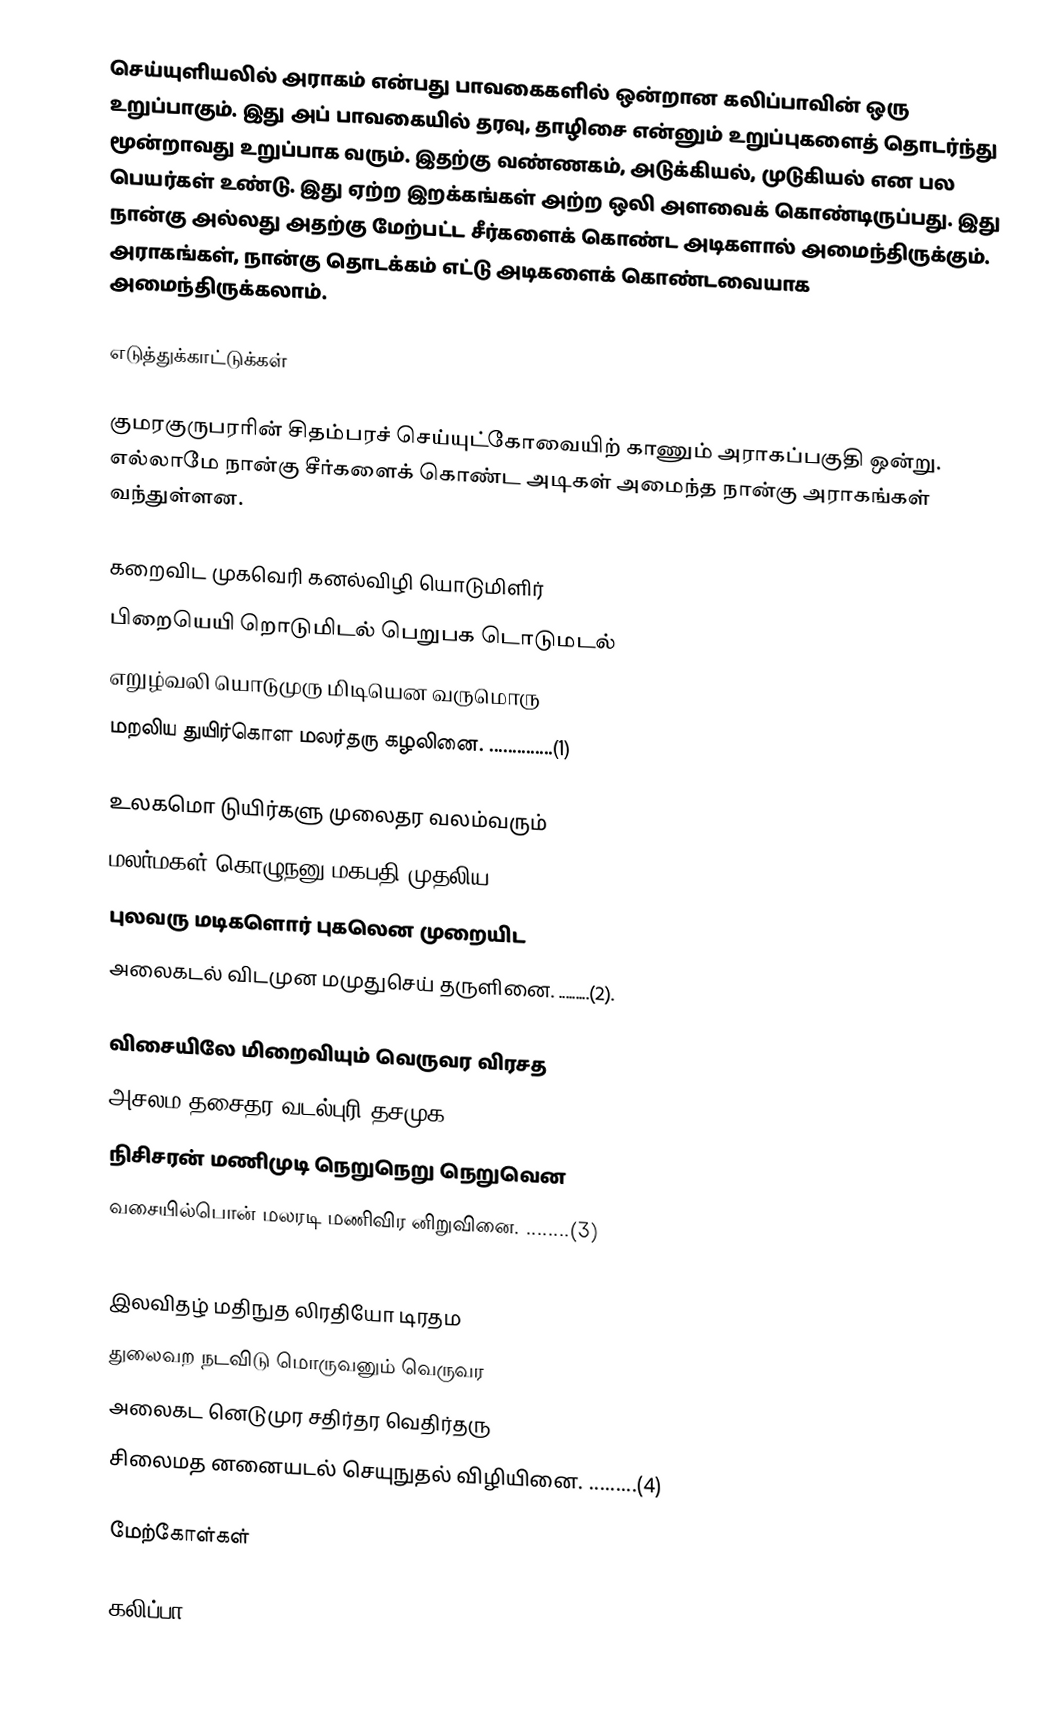
செய்யுளியலில் அராகம் என்பது பாவகைகளில் ஒன்றான கலிப்பாவின் ஒரு உறுப்பாகும். இது அப் பாவகையில் தரவு, தாழிசை என்னும் உறுப்புகளைத் தொடர்ந்து மூன்றாவது உறுப்பாக வரும். இதற்கு வண்ணகம், அடுக்கியல், முடுகியல் என பல பெயர்கள் உண்டு. இது ஏற்ற இறக்கங்கள் அற்ற ஒலி அளவைக் கொண்டிருப்பது. இது நான்கு அல்லது அதற்கு மேற்பட்ட சீர்களைக் கொண்ட அடிகளால் அமைந்திருக்கும். அராகங்கள், நான்கு தொடக்கம் எட்டு அடிகளைக் கொண்டவையாக அமைந்திருக்கலாம்.

எடுத்துக்காட்டுக்கள்

குமரகுருபரரின் சிதம்பரச் செய்யுட்கோவையிற் காணும் அராகப்பகுதி ஒன்று. எல்லாமே நான்கு சீர்களைக் கொண்ட அடிகள் அமைந்த நான்கு அராகங்கள் வந்துள்ளன.

 கறைவிட முகவெரி கனல்விழி யொடுமிளிர்
 பிறையெயி றொடுமிடல் பெறுபக டொடுமடல்
 எறுழ்வலி யொடுமுரு மிடியென வருமொரு
 மறலிய துயிர்கொள மலர்தரு கழலினை. ..............(1)

 உலகமொ டுயிர்களு முலைதர வலம்வரும்
 மலர்மகள் கொழுநனு மகபதி முதலிய
 புலவரு மடிகளொர் புகலென முறையிட
 அலைகடல் விடமுன மமுதுசெய் தருளினை. .........(2).

 விசையிலே மிறைவியும் வெருவர விரசத
 அசலம தசைதர வடல்புரி தசமுக
 நிசிசரன் மணிமுடி நெறுநெறு நெறுவென
 வசையில்பொன் மலரடி மணிவிர னிறுவினை. ........(3)

 இலவிதழ் மதிநுத லிரதியோ டிரதம
 துலைவற நடவிடு மொருவனும் வெருவர
 அலைகட னெடுமுர சதிர்தர வெதிர்தரு
 சிலைமத னனையடல் செயுநுதல் விழியினை. .........(4)

மேற்கோள்கள்

கலிப்பா